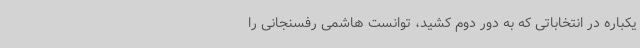
یکباره در انتخاباتی که به دور دوم کشید، توانست هاشمی‌ رفسنجانی را